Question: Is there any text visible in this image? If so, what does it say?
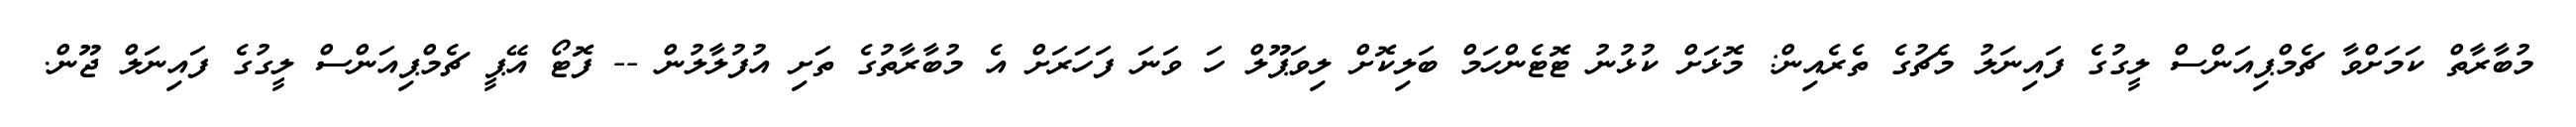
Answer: މުބާރާތް ކަމަށްވާ ޗެމްޕިއަންސް ލީގުގެ ފައިނަލު މެޗުގެ ތެރެއިން: މޮޅަށް ކުޅުނު ޓޮޓެންހަމް ބަލިކޮށް ލިވަޕޫލް ހަ ވަނަ ފަހަރަށް އެ މުބާރާތުގެ ތަށި އުފުލާލުން -- ފޮޓޯ އޭޕީ ޗެމްޕިއަންސް ލީގުގެ ފައިނަލް ޖޫން.